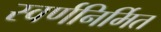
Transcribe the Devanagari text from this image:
स्वर्णनिर्मित